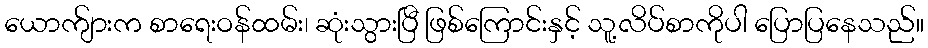
ယောက်ျားက စာရေးဝန်ထမ်း၊ ဆုံးသွားပြီ ဖြစ်ကြောင်းနှင့် သူ့လိပ်စာကိုပါ ပြောပြနေသည်။